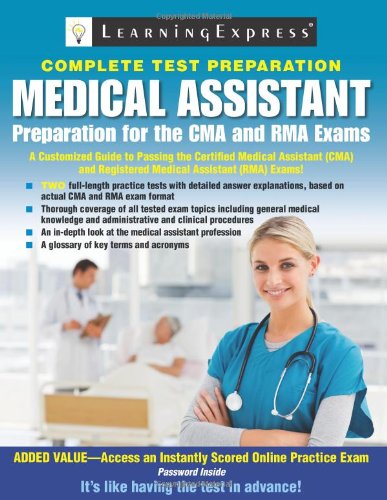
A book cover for Medical Assistant Exam: Preparation for the CMA and RMA Exams (Medical Assistant: Preparation for the CMA & Rma Exams); LearningExpress Editors; Medical Books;